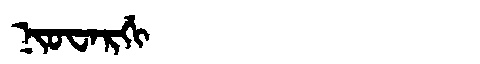
Manchu: ᠨᡳᠣᠸᠠᡵᡤᡳ
Romanization: NIOWARGI